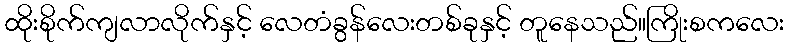
ထိုးစိုက်ကျလာလိုက်နှင့် လေတံခွန်လေးတစ်ခုနှင့် တူနေသည်။ကြိုးစကလေး